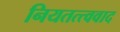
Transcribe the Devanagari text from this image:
नियतत्त्ववाद